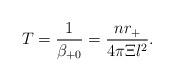
LaTeX: \begin{align*}T=\frac 1{\beta _{+0}}=\frac{nr_{+}}{4\pi \Xi l^2}. \end{align*}